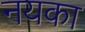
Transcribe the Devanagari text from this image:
नयका